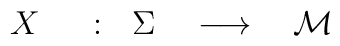
X ~~~~: ~~\Sigma ~~~\longrightarrow~~~{\cal  M}